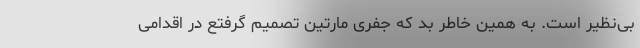
بی‌نظیر است. به همین خاطر بد که جفری مارتین تصمیم گرفتع در اقدامی